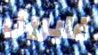
غابريل